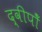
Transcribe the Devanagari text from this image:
द्वीपोँ